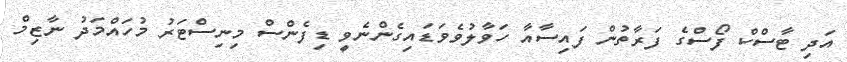
އަދި ޓާސްކް ފޯސްގެ ފަރާތުން ފައިސާއާ ހަވާލުވެވަޑައިގެންނެވީ ޑިފެންސް މިނިސްޓަރު މުހައްމަދު ނާޒިމް